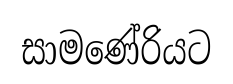
සාමණේරියට